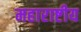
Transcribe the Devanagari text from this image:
महाराष्टीय